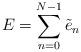
LaTeX: \begin{align*}E = \sum_{n=0}^{N-1} \tilde{e}_{n}\end{align*}